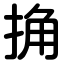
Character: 捔